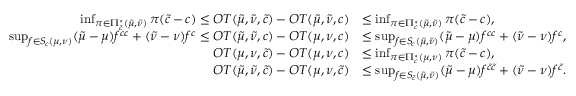
\begin{array} { r l } { \operatorname* { i n f } _ { \pi \in \Pi _ { \tilde { c } } ^ { \star } ( \tilde { \mu } , \tilde { \nu } ) } \pi ( \tilde { c } - c ) \leq O T ( \tilde { \mu } , \tilde { \nu } , { \tilde { c } } ) - O T ( \tilde { \mu } , \tilde { \nu } , c ) } & { \leq \operatorname* { i n f } _ { \pi \in \Pi _ { c } ^ { \star } ( \tilde { \mu } , \tilde { \nu } ) } \pi ( \tilde { c } - c ) , } \\ { \operatorname* { s u p } _ { f \in S \! _ { c } ( \mu , \nu ) } ( \tilde { \mu } - \mu ) f ^ { c c } + ( \tilde { \nu } - \nu ) f ^ { c } \leq O T ( \tilde { \mu } , \tilde { \nu } , c ) - O T ( \mu , \nu , c ) } & { \leq \operatorname* { s u p } _ { f \in S \! _ { c } ( \tilde { \mu } , \tilde { \nu } ) } ( \tilde { \mu } - \mu ) f ^ { c c } + ( \tilde { \nu } - \nu ) f ^ { c } , } \\ { O T ( \mu , \nu , { \tilde { c } } ) - O T ( \mu , \nu , c ) } & { \leq \operatorname* { i n f } _ { \pi \in \Pi _ { c } ^ { \star } ( \mu , \nu ) } \pi ( \tilde { c } - c ) , } \\ { O T ( \tilde { \mu } , \tilde { \nu } , { \tilde { c } } ) - O T ( \mu , \nu , { \tilde { c } } ) } & { \leq \operatorname* { s u p } _ { f \in S _ { \! \tilde { c } } ( \tilde { \mu } , \tilde { \nu } ) } ( \tilde { \mu } - \mu ) f ^ { \tilde { c } \tilde { c } } + ( \tilde { \nu } - \nu ) f ^ { \tilde { c } } . } \end{array}